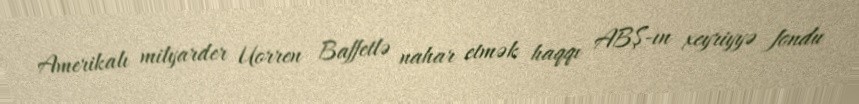
Amerikalı milyarder Uorren Baffetlə nahar etmək haqqı ABŞ-ın xeyriyyə fondu